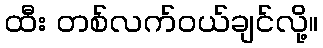
ထီး တစ်လက်ဝယ်ချင်လို့။